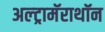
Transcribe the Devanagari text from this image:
अल्ट्रामॅराथॉन